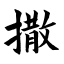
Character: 撒